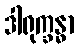
ဒါရုက္ခန္ဓာ